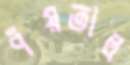
পঁয়তাল